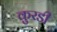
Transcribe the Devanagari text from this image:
कुरडी